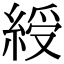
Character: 綬